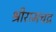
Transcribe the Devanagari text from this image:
श्रीरामचद्र